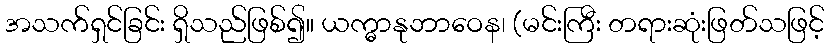
အသက်ရှင်ခြင်း ရှိသည်ဖြစ်၍။ ယက္ဓာနုဘာဝေန၊ (မင်းကြီး တရားဆုံးဖြတ်သဖြင့်